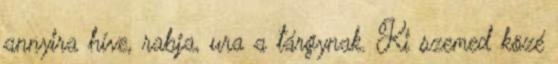
annyira híve, rabja, ura a tárgynak. Ki szemed közé